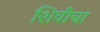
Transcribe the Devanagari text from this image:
शिवीचा